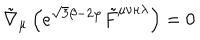
\tilde { \nabla } _ { \mu } \left( e ^ { \sqrt { 3 } \beta - 2 \varphi } \tilde { F } ^ { \mu \nu \kappa \lambda } \right) = 0